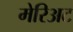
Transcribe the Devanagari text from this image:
मेरिअट